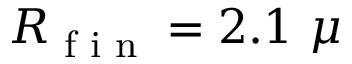
R \textsubscript { f i n } = 2 . 1 ~ \mu